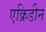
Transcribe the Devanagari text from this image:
एक्रिडीन